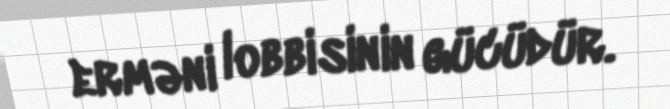
erməni lobbisinin gücüdür.